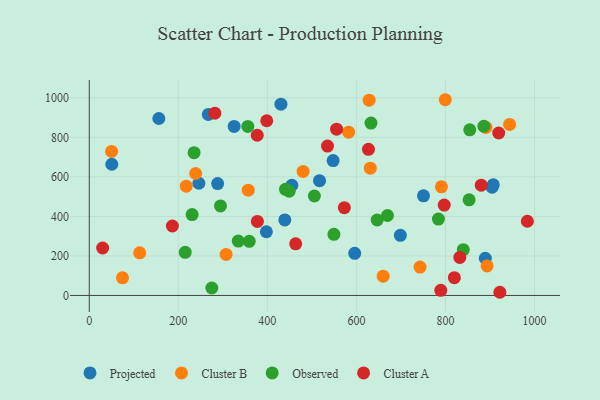
{"axis": {"x": "Engine Size", "y": "Demand"}, "legend": ["Cluster A", "Cluster B", "Observed", "Projected"], "data": [{"x": "750.7", "y": 504.0, "type": "Projected"}, {"x": "246.2", "y": 567.7, "type": "Projected"}, {"x": "455.0", "y": 557.6, "type": "Projected"}, {"x": "397.8", "y": 322.3, "type": "Projected"}, {"x": "50.6", "y": 663.7, "type": "Projected"}, {"x": "517.2", "y": 580.8, "type": "Projected"}, {"x": "889.5", "y": 188.1, "type": "Projected"}, {"x": "325.4", "y": 855.4, "type": "Projected"}, {"x": "288.3", "y": 566.2, "type": "Projected"}, {"x": "596.2", "y": 213.2, "type": "Projected"}, {"x": "439.2", "y": 382.1, "type": "Projected"}, {"x": "430.5", "y": 967.7, "type": "Projected"}, {"x": "547.7", "y": 682.4, "type": "Projected"}, {"x": "267.4", "y": 916.1, "type": "Projected"}, {"x": "156.3", "y": 895.2, "type": "Projected"}, {"x": "698.7", "y": 304.1, "type": "Projected"}, {"x": "904.8", "y": 547.7, "type": "Projected"}, {"x": "907.4", "y": 559.9, "type": "Projected"}, {"x": "631.2", "y": 643.9, "type": "Cluster B"}, {"x": "74.7", "y": 89.1, "type": "Cluster B"}, {"x": "217.8", "y": 552.8, "type": "Cluster B"}, {"x": "791.0", "y": 549.7, "type": "Cluster B"}, {"x": "307.3", "y": 207.3, "type": "Cluster B"}, {"x": "660.1", "y": 97.7, "type": "Cluster B"}, {"x": "480.3", "y": 627.6, "type": "Cluster B"}, {"x": "50.1", "y": 728.9, "type": "Cluster B"}, {"x": "582.5", "y": 826.0, "type": "Cluster B"}, {"x": "743.0", "y": 143.4, "type": "Cluster B"}, {"x": "893.5", "y": 149.4, "type": "Cluster B"}, {"x": "357.1", "y": 532.5, "type": "Cluster B"}, {"x": "891.0", "y": 849.9, "type": "Cluster B"}, {"x": "238.9", "y": 617.1, "type": "Cluster B"}, {"x": "944.1", "y": 865.2, "type": "Cluster B"}, {"x": "113.2", "y": 215.6, "type": "Cluster B"}, {"x": "799.6", "y": 990.3, "type": "Cluster B"}, {"x": "628.5", "y": 988.1, "type": "Cluster B"}, {"x": "505.6", "y": 503.2, "type": "Observed"}, {"x": "275.2", "y": 37.7, "type": "Observed"}, {"x": "440.7", "y": 537.1, "type": "Observed"}, {"x": "784.2", "y": 386.2, "type": "Observed"}, {"x": "231.0", "y": 409.3, "type": "Observed"}, {"x": "853.1", "y": 483.7, "type": "Observed"}, {"x": "356.1", "y": 855.2, "type": "Observed"}, {"x": "294.7", "y": 452.9, "type": "Observed"}, {"x": "646.7", "y": 381.8, "type": "Observed"}, {"x": "854.6", "y": 838.1, "type": "Observed"}, {"x": "359.3", "y": 273.8, "type": "Observed"}, {"x": "334.6", "y": 274.9, "type": "Observed"}, {"x": "549.5", "y": 309.1, "type": "Observed"}, {"x": "632.8", "y": 872.0, "type": "Observed"}, {"x": "840.0", "y": 231.7, "type": "Observed"}, {"x": "449.0", "y": 527.2, "type": "Observed"}, {"x": "215.5", "y": 218.2, "type": "Observed"}, {"x": "235.4", "y": 722.3, "type": "Observed"}, {"x": "886.2", "y": 856.1, "type": "Observed"}, {"x": "669.8", "y": 404.4, "type": "Observed"}, {"x": "627.1", "y": 739.1, "type": "Cluster A"}, {"x": "463.6", "y": 261.4, "type": "Cluster A"}, {"x": "572.9", "y": 444.3, "type": "Cluster A"}, {"x": "919.6", "y": 821.9, "type": "Cluster A"}, {"x": "535.1", "y": 755.9, "type": "Cluster A"}, {"x": "922.2", "y": 16.0, "type": "Cluster A"}, {"x": "555.5", "y": 841.4, "type": "Cluster A"}, {"x": "377.6", "y": 374.6, "type": "Cluster A"}, {"x": "820.0", "y": 90.1, "type": "Cluster A"}, {"x": "789.5", "y": 25.9, "type": "Cluster A"}, {"x": "984.0", "y": 375.4, "type": "Cluster A"}, {"x": "30.0", "y": 240.1, "type": "Cluster A"}, {"x": "398.6", "y": 884.0, "type": "Cluster A"}, {"x": "186.7", "y": 351.4, "type": "Cluster A"}, {"x": "282.0", "y": 922.2, "type": "Cluster A"}, {"x": "832.3", "y": 192.4, "type": "Cluster A"}, {"x": "377.3", "y": 810.6, "type": "Cluster A"}, {"x": "797.2", "y": 457.1, "type": "Cluster A"}, {"x": "880.4", "y": 557.9, "type": "Cluster A"}]}